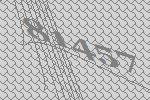
81457